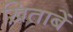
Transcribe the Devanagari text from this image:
ख़िताबें